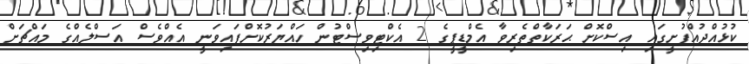
ކުޅުއްދުއްފުށީގައި އިސްކޮށް ޙަރަކާތްތެރިވާ އެމްޑީޕީގެ 2 އެކްޓިވިސްޓުން ހައްޔަރުކޮށްފައިވަނީ އެއްވެސް އަސްލެއްގެ މައްޗަށް